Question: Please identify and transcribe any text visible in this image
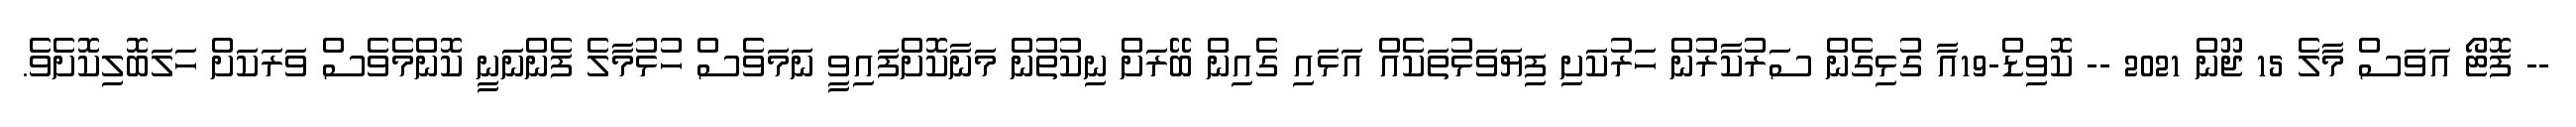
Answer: -- ފޮޓޯ އަވަސް މާލެ 15 ޖޫން 2021 -- ކޮވިޑް-19އާ ގުޅިގެން ސަރުކާރުން ހަރުކަށި ފިޔަވަޅުތަކެއް އަޅައި ގެއިން ބޭރަށް ނިކުތުން މަނާކޮށްފައިވީ ނަމަވެސް ހުޅުމާލެ ފެންނަނީ ކޮންމެވެސް ވަރަކަށް ހަލަބޮލިކޮށެވެ.